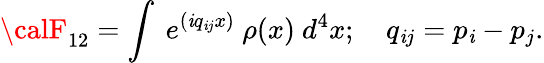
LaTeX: {\calF}_{12}=\int\ e^{(\mathit{i}q_{\mathit{i}j}x)}\ \rho(x)\ d^{4}x;\ \ \ \ q_{\mathit{i}j}=p_{\mathit{i}}-p_{j}.